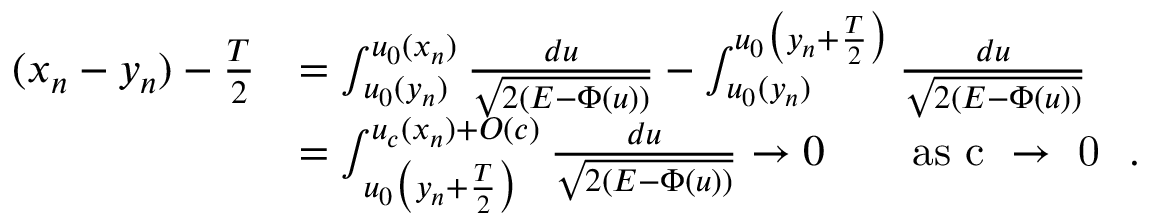
\begin{array} { r l } { ( x _ { n } - y _ { n } ) - \frac { T } { 2 } } & { = \int _ { u _ { 0 } ( y _ { n } ) } ^ { u _ { 0 } ( x _ { n } ) } \frac { d u } { \sqrt { 2 ( E - \Phi ( u ) ) } } - \int _ { u _ { 0 } ( y _ { n } ) } ^ { u _ { 0 } \big ( y _ { n } + \frac { T } { 2 } \big ) } \frac { d u } { \sqrt { 2 ( E - \Phi ( u ) ) } } } \\ & { = \int _ { u _ { 0 } \big ( y _ { n } + \frac { T } { 2 } \big ) } ^ { u _ { c } ( x _ { n } ) + O ( c ) } \frac { d u } { \sqrt { 2 ( E - \Phi ( u ) ) } } \to 0 \qquad \mathrm { a s ~ c ~ \to ~ 0 ~ } \ . } \end{array}